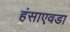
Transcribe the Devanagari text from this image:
हंसाएवडा